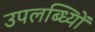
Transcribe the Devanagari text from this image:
उपलब्ध्यिों